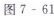
图7-61